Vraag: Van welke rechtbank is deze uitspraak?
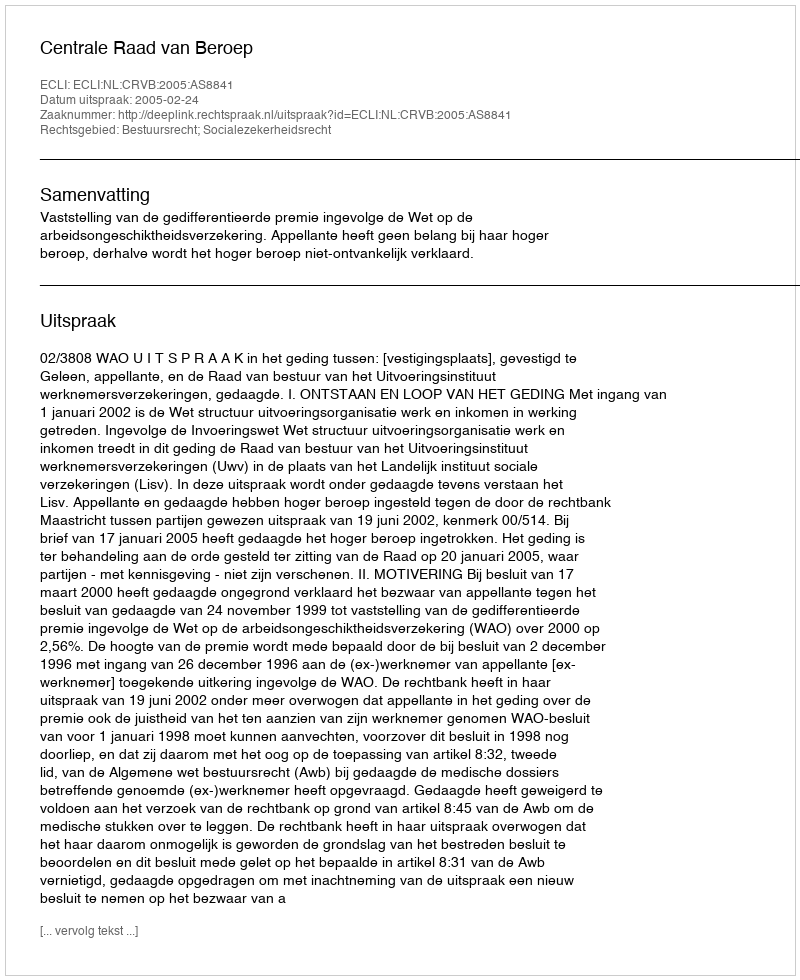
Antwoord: Centrale Raad van Beroep